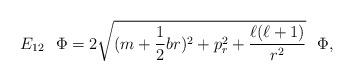
LaTeX: \begin{align*}E_{12}~~\Phi= 2\sqrt{(m+\frac{1}{2}br)^{2}+p^{2}_{r}+ \frac{\ell(\ell+1)}{r^{2}}} ~~\Phi, \end{align*}